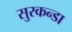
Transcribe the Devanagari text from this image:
सुरकन्डा